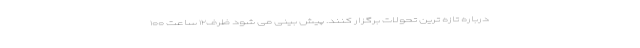
درباره تازه ترین تحولات برگزار کنند. پیش بینی می شود ظرف۱۲ ساعت ۱۰۰